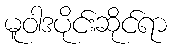
မူဝါဒပိုင်းဆိုင်ရာ